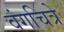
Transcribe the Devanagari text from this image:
वंगचित्रे